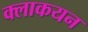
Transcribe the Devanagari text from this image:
क्लाकयन